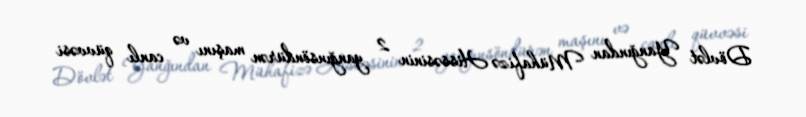
Dövlət Yanğından Mühafizə Hissəsinin 2 yanğınsöndürən maşını və canlı qüvvəsi